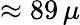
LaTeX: \approx 89\, \mu